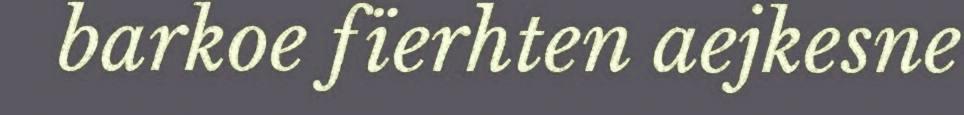
barkoe fïerhten aejkesne